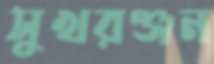
সুখরঞ্জন